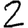
Digit: 2